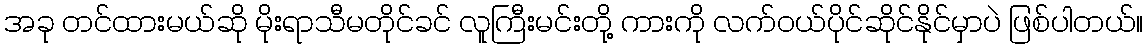
အခု တင်ထားမယ်ဆို မိုးရာသီမတိုင်ခင် လူကြီးမင်းတို့ ကားကို လက်ဝယ်ပိုင်ဆိုင်နိုင်မှာပဲ ဖြစ်ပါတယ်။